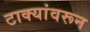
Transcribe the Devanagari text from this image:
टाक्यांवरून